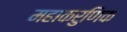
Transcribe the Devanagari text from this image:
महाकरुणिक